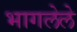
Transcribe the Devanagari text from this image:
भागलेले